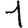
Digit: 1